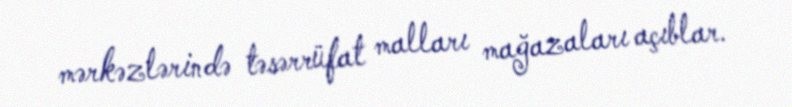
mərkəzlərində təsərrüfat malları mağazaları açıblar.